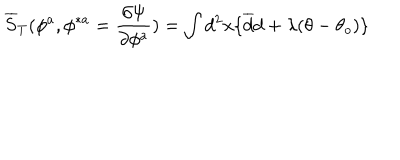
LaTeX: \overline { { S } } _ { T } ( \phi ^ { a } , \phi ^ { \ast a } = { \frac { \partial \Psi } { \partial \phi ^ { a } } } ) = \int d ^ { 2 } x \{ \overline { { d } } d + \lambda ( \theta - \theta _ { o } ) \}